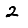
Digit: 2